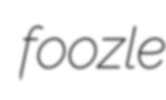
foozle